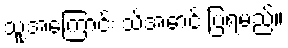
သူ့အကြောင်း သိအောင် ပြရမည်။